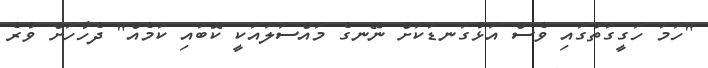
"ހަމަ ހަގީގަތުގައި ވެސް އަޅުގަނޑަކަށް ނޭނގެ މައްސަލައަކީ ކޮބައި ކަމެއް" ދެހާހަށް ވުރެ